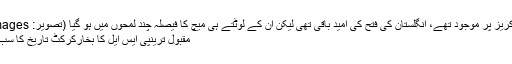
جب تک جوناتھن ٹراٹ کریز پر موجود تھے، انگلستان کی فتح کی امید باقی تھی لیکن ان کے لوٹتے ہی میچ کا فیصلہ چند لمحوں میں ہو گیا (تصویر: Getty Images) | کرک نامہ
مقبول ترینپی ایس ایل کا بخارکرکٹ تاریخ کا سب سے لمبا چھکا کون سا؟